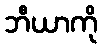
ဘီယာကို